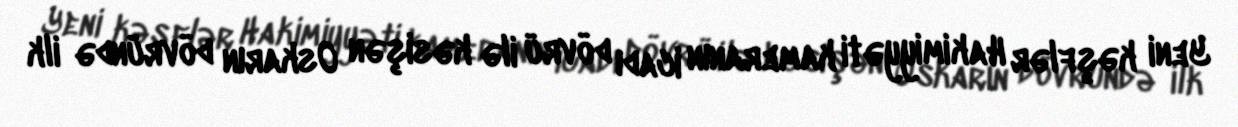
Yeni kəşflər Hakimiyyəti kameranın icadı dövrü ilə kəsişən Oskarın dövründə ilk